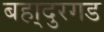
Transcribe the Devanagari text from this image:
बहा्दुरगड